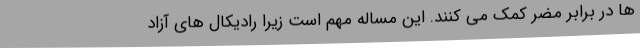
ها در برابر مضر کمک می کنند. این مساله مهم است زیرا رادیکال های آزاد